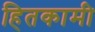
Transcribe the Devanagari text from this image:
हितकामी